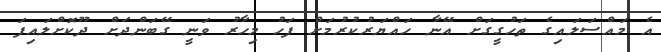
އެ މައްސަލައިގެ ތަހުގީގަށް އޭނާ ހައްޔަރުކުރުމަށް ފަހު މިހާރު ވަނީ ގޭބަންދަށް ދޫކޮށްލައިފަ